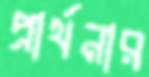
প্রার্থনার